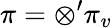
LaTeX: \pi=\otimes^{\prime}\pi_{v}